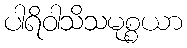
ပါရိဝါသိသမုစ္စယာ